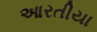
આરતીયા